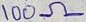
Text: 100Ω